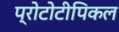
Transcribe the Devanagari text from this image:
प्रोटोटीपिकल